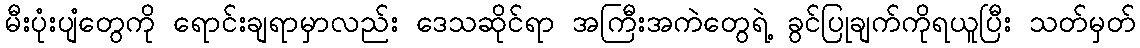
မီးပုံးပျံတွေကို ရောင်းချရာမှာလည်း ဒေသဆိုင်ရာ အကြီးအကဲတွေရဲ့ ခွင်ပြုချက်ကိုရယူပြီး သတ်မှတ်